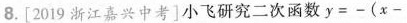
8.[2019浙江嘉兴中考]小飞研究二次函数$$y = - ( x -